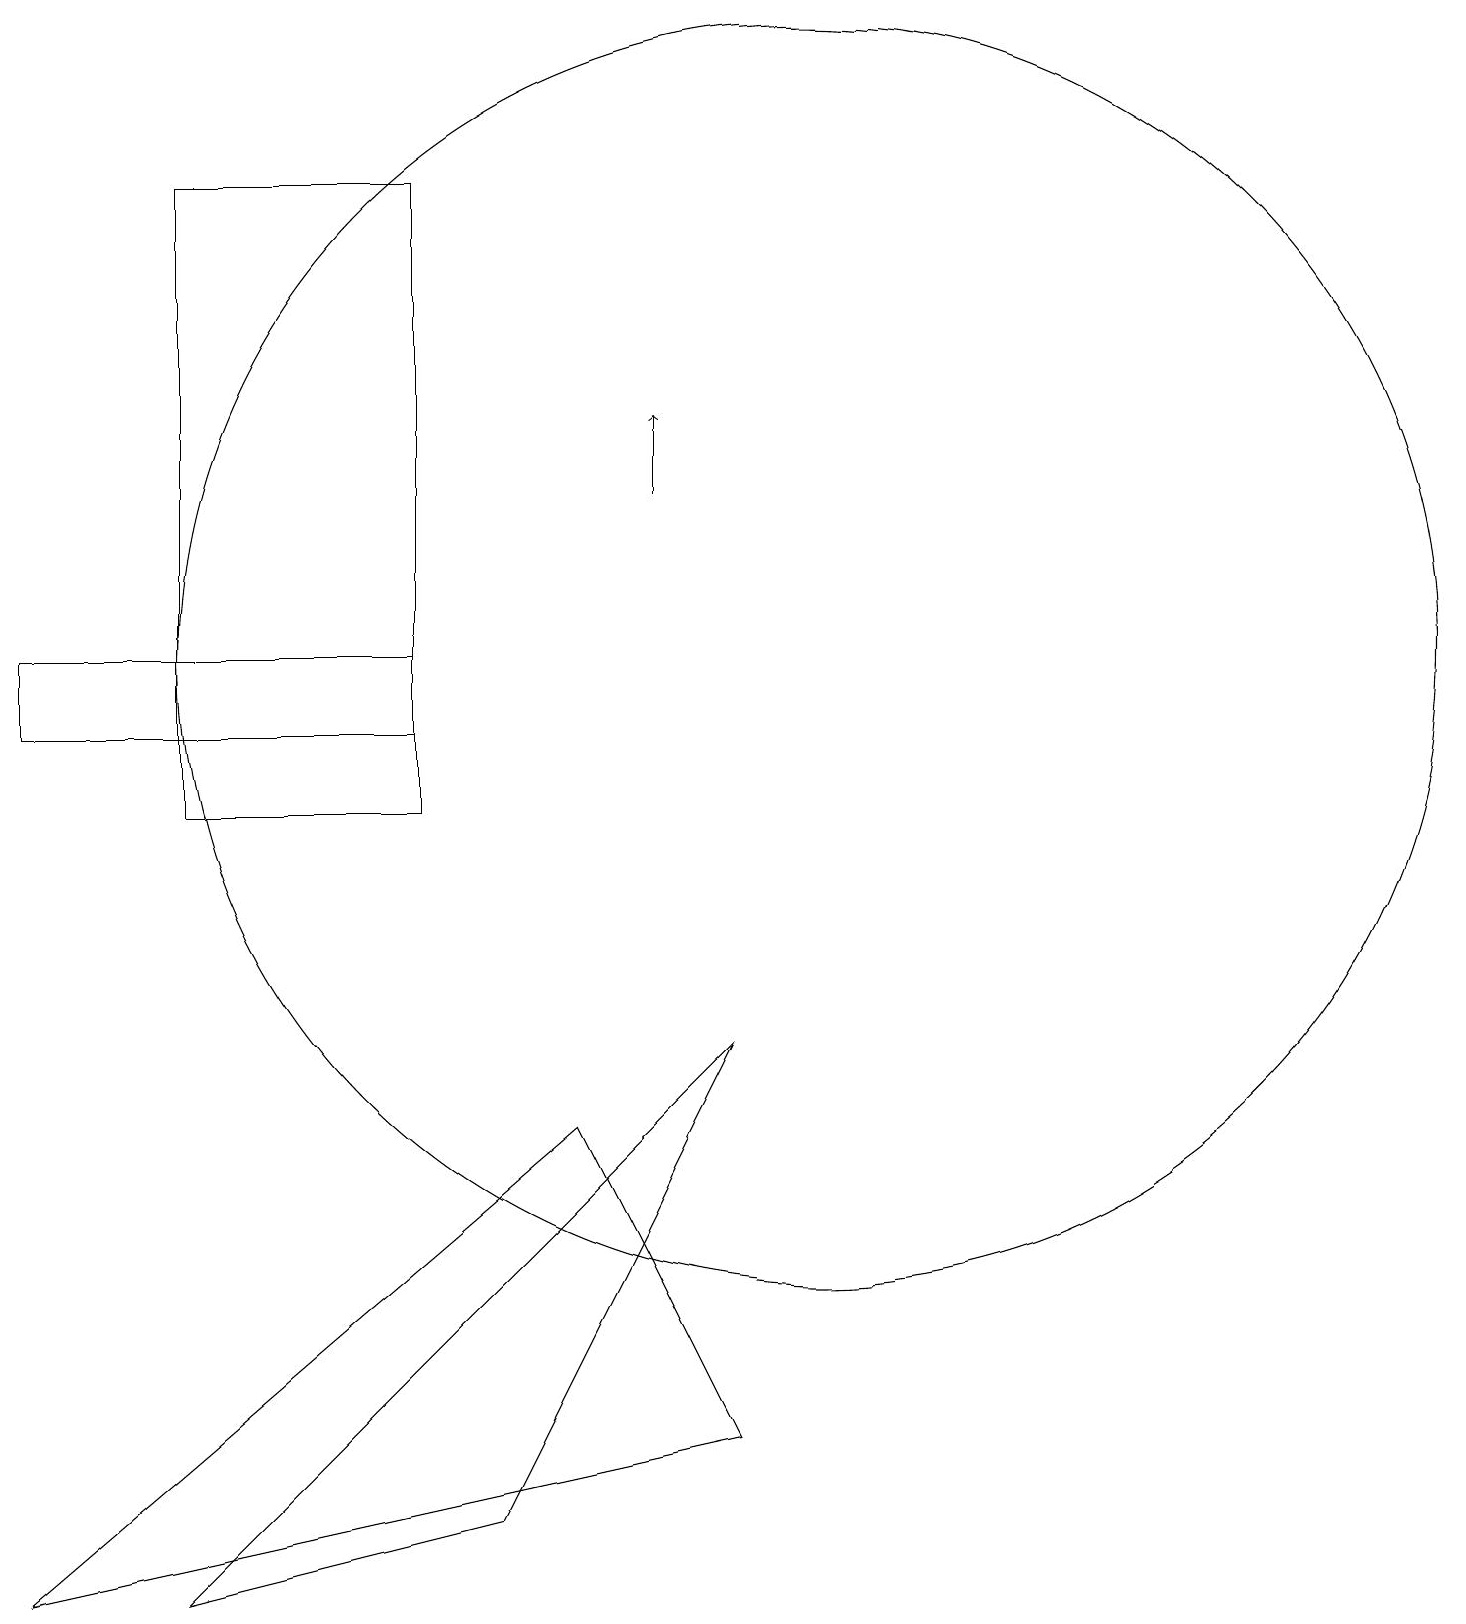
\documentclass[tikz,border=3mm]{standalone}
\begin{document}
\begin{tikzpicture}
\draw (9,2) -- (7,6) -- (0,0) -- cycle;
\draw[->] (8,14) -- (8,15);
\draw (9,7) -- (2,0) -- (6,1) -- cycle;
\draw (5,12) rectangle (0,11);
\draw (10,12) circle (8);
\draw (5,18) rectangle (2,10);
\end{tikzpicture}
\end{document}